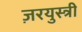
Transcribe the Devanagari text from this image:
ज़रयुस्त्री